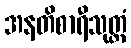
အနတိစာရီသုတ္တံ